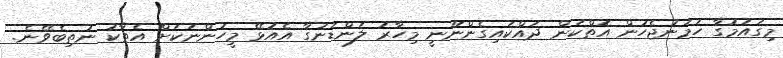
މިގައުމުގާ ހަމަނުޖެހުން އޮތްކަން ދައްކައިގެންނޫނީ މިހާރު ލަންޑަނުގާ އެއުޅޭ މީހުންނަކަށް އެތާކު ނުތިބެވޭނެ.